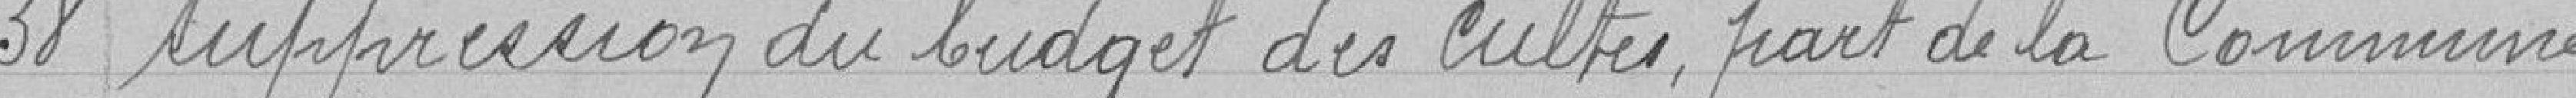
58 Suppression du budget des cultes, part de la commune.